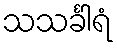
သသင်္ခါရံ